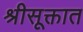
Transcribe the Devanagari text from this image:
श्रीसूक्तात